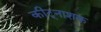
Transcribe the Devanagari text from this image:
कीट्नाशक